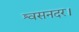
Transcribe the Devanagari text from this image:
श्वसनदर।